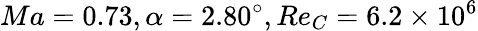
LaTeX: Ma=0.73,\alpha=2.80^{\circ},Re_{C}=6.2\times 10^{6}